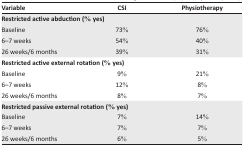
| Variable | CSI | Physiotherapy |
 | --- | --- | --- |
 | Restricted active abduction (% yes) |
 | Baseline | 73% | 76% |
 | 6–7 weeks | 54% | 40% |
 | 26 weeks/6 months | 39% | 31% |
 | Restricted active external rotation (% yes) |
 | Baseline | 9% | 21% |
 | 6–7 weeks | 12% | 8% |
 | 26 weeks/6 months | 8% | 7% |
 | Restricted passive external rotation (% yes) |
 | Baseline | 7% | 14% |
 | 6–7 weeks | 7% | 7% |
 | 26 weeks/6 months | 6% | 5% |